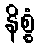
နိစ္စံ